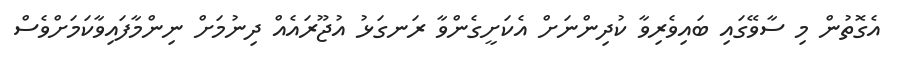
އެގޮތުން މި ސާވޭގައި ބައިވެރިވާ ކުދިންނަށް އެކަށީގެންވާ ރަނގަޅު އުޖޫރައެއް ދިނުމަށް ނިންމާފައިވާކަމަށްވެސް